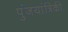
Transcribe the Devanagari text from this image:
पुंजयांत्रिकी